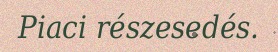
Piaci részesedés.